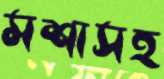
মশাসহ